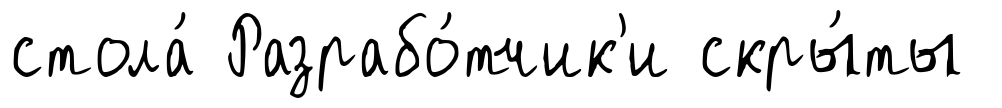
стола́ Разрабо́тчик'и скры́ты